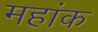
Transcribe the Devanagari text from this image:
महांक